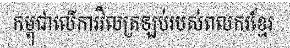
កម្ពុជាលើការវិលត្រឡប់របស់ពលករខ្មែរ